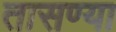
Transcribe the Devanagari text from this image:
तासण्या